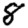
Digit: 8